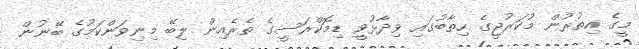
މީގެ އިތުރުން މުކަރުޖީގެ ހިތާބުގައި ވިދާޅުވީ ޑިމޮކްރަސީގެ ތެރެއިން ލިބޭ މިނިވަންކަމުގެ ބޭނުން